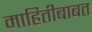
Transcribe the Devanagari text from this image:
माहितीबाबत